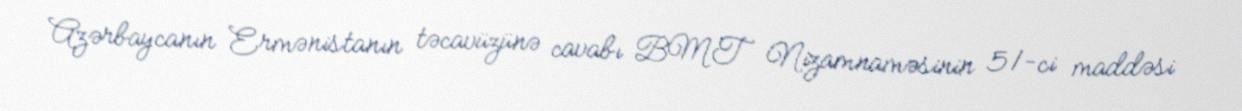
Azərbaycanın Ermənistanın təcavüzünə cavabı BMT Nizamnaməsinin 51-ci maddəsi